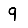
Digit: 9